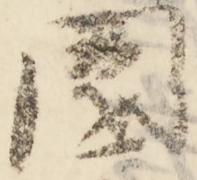
園